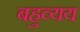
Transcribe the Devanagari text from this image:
बहुव्यय